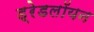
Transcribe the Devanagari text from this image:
ड्रेडलॉयन